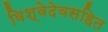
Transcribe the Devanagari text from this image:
विश्वेदेवसहित